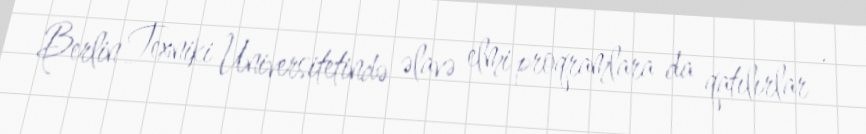
Berlin Texniki Universitetində əlavə elmi proqramlara da qatılırlar .